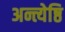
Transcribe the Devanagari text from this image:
अन्त्येष्ठि